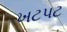
ખટપટ